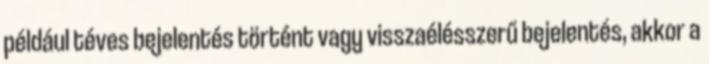
például téves bejelentés történt vagy visszaélésszerű bejelentés, akkor a